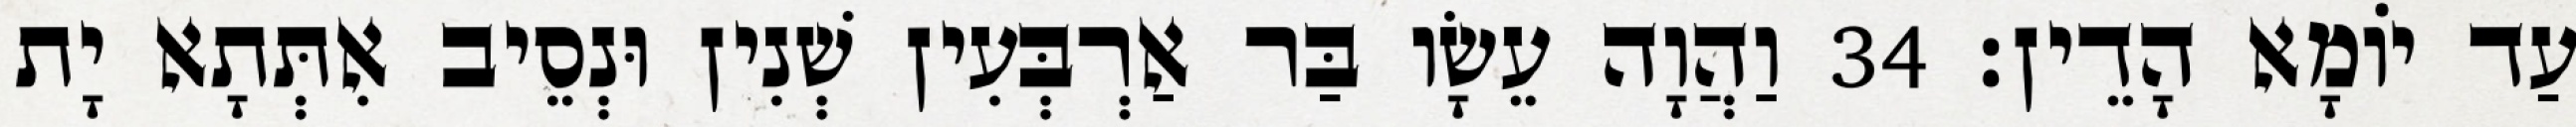
עַד יוֹמָא הָדֵין׃ 34 וַהֲוָה עֵשָׂו בַּר אַרְבְּעִין שְׁנִין וּנְסֵיב אִתְּתָא יָת